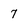
Character: 7